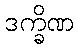
ဒက္ခိဏ